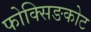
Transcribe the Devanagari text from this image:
फोक्सिङकोट